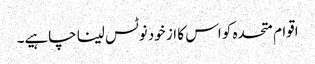
اقوام متحدہ کو اس کا از خود نوٹس لینا چاہیے۔